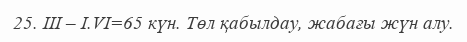
25. ІІІ – І.VІ=65 күн. Төл қабылдау, жабағы жүн алу.